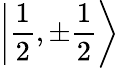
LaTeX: \left|{\frac{1}{2}},\pm{\frac{1}{2}}\right\rangle